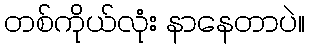
တစ်ကိုယ်လုံး နာနေတာပဲ။